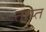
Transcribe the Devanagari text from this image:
ताप्त